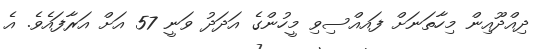
ދިއްދޫއިން މިހާތަނަށް ފައއްސިވި މީހުންގެ އަދަދު ވަނީ 57 އަށް އަރާފައެެވެ. އެ